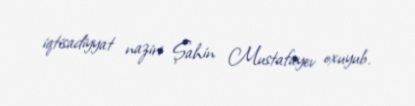
iqtisadiyyat naziri Şahin Mustafayev oxuyub.